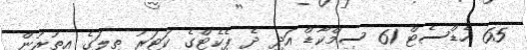
65 ހެޑްސެޓް 61 ސިމްކާޑް އަދި ދެ ޕެކެޓްގެ ކަޓަރު ތިލަގެ އިތުރުން